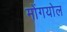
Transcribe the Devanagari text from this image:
मोंगयोल